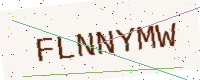
Text: FLNNYMW